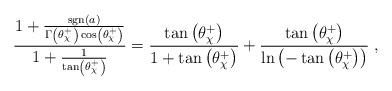
LaTeX: \begin{align*}\frac{1 + \frac{{\rm sgn}(a)}{\Gamma \left( \theta^+_{\chi} \right) \cos \left( \theta^+_{\chi} \right)}}{1 + \frac{1}{\tan \left( \theta^+_{\chi} \right)}} =\frac{\tan \left( \theta^+_{\chi} \right)}{1 + \tan \left( \theta^+_{\chi} \right)} +\frac{\tan \left( \theta^+_{\chi} \right)}{\ln \left( -\tan \left( \theta^+_{\chi} \right) \right)} \;,\end{align*}